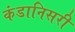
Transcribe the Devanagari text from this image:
कंडानिसरी